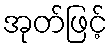
အုတ်ဖြင့်